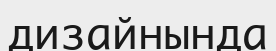
дизайнында